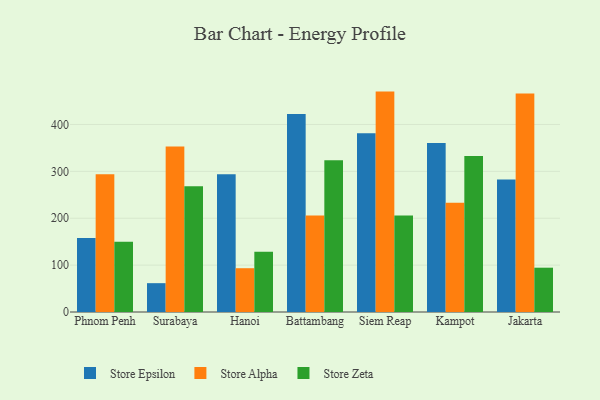
{"axis": {"x": "City", "y": "Customer Acquisition Cost (USD)"}, "legend": ["Store Alpha", "Store Epsilon", "Store Zeta"], "data": [{"x": "Phnom Penh", "y": 158.0, "type": "Store Epsilon"}, {"x": "Phnom Penh", "y": 293.6, "type": "Store Alpha"}, {"x": "Phnom Penh", "y": 149.7, "type": "Store Zeta"}, {"x": "Surabaya", "y": 61.5, "type": "Store Epsilon"}, {"x": "Surabaya", "y": 352.9, "type": "Store Alpha"}, {"x": "Surabaya", "y": 268.2, "type": "Store Zeta"}, {"x": "Hanoi", "y": 294.0, "type": "Store Epsilon"}, {"x": "Hanoi", "y": 93.4, "type": "Store Alpha"}, {"x": "Hanoi", "y": 128.7, "type": "Store Zeta"}, {"x": "Battambang", "y": 422.4, "type": "Store Epsilon"}, {"x": "Battambang", "y": 206.0, "type": "Store Alpha"}, {"x": "Battambang", "y": 323.7, "type": "Store Zeta"}, {"x": "Siem Reap", "y": 381.1, "type": "Store Epsilon"}, {"x": "Siem Reap", "y": 470.1, "type": "Store Alpha"}, {"x": "Siem Reap", "y": 205.8, "type": "Store Zeta"}, {"x": "Kampot", "y": 360.3, "type": "Store Epsilon"}, {"x": "Kampot", "y": 232.8, "type": "Store Alpha"}, {"x": "Kampot", "y": 333.0, "type": "Store Zeta"}, {"x": "Jakarta", "y": 282.8, "type": "Store Epsilon"}, {"x": "Jakarta", "y": 466.0, "type": "Store Alpha"}, {"x": "Jakarta", "y": 94.5, "type": "Store Zeta"}]}